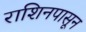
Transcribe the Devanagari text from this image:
राशिनपासून